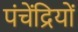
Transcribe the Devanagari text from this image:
पंचेंद्रियों